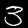
Label: 3